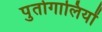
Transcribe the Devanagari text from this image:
पुर्तोगालियों